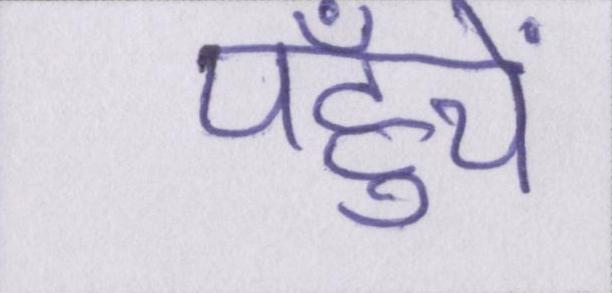
पहुँचें